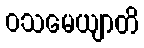
ဝသမေယျာတိ